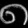
Digit: ၈